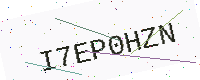
Text: I7EP0HZN